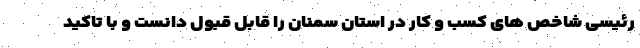
رئیسی شاخص های کسب و کار در استان سمنان را قابل قبول دانست و با تاکید